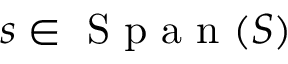
s \in \mathrm { ~ S ~ p ~ a ~ n ~ } ( S )